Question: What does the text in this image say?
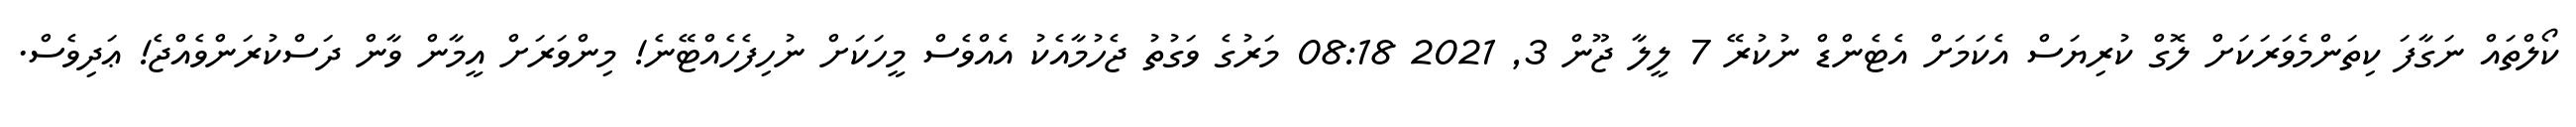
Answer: ކޯލްތައް ނަގާފަ ކިތަންމެވަރަކަށް ލޮގް ކުރިޔަސް އެކަމަށް އެޓެންޑް ނުކުރޭ 7 ލީލާ ޖޫން 3, 2021 08:18 މަރުގެ ވަގުތު ޖެހުމާއެކު އެއްވެސް މީހަކަށް ނުހިފެހެއްޓޭނެ! މިންވަރަށް އީމާން ވާން ދަސްކުރަންވެއްޖެ! ޢަދިވެސް.